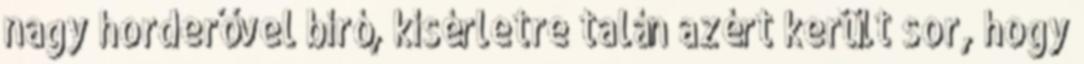
nagy horderővel bíró, kísérletre talán azért került sor, hogy